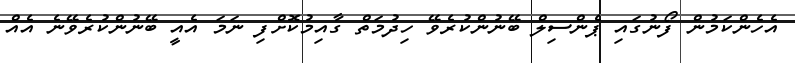
އެހެންކަމުން ފޯނުގައި ޕެންސިލް ބޭނުންކުރެވޭ ހިދުމަތް ގާއިމުކޮށްފި ނަމަ އެއީ ބޭނުންކުރެވޭނެ އެއް